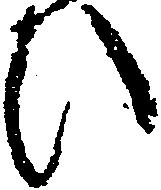
ひ